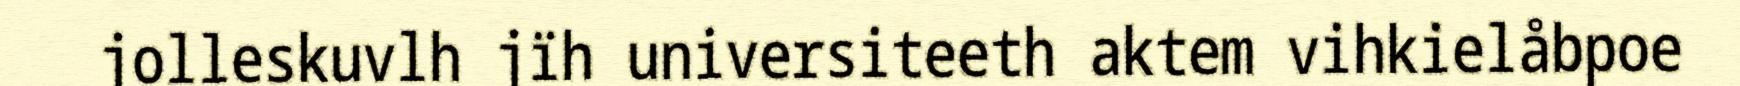
jolleskuvlh jïh universiteeth aktem vihkielåbpoe